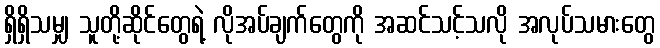
ရှိရှိသမျှ သူတို့ဆိုင်တွေရဲ့ လိုအပ်ချက်တွေကို အဆင်သင့်သလို အလုပ်သမားတွေ